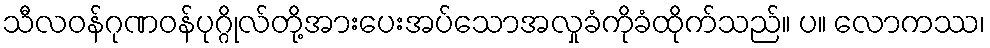
သီလဝန်ဂုဏဝန်ပုဂ္ဂိုလ်တို့အားပေးအပ်သောအလှုခံကိုခံထိုက်သည်။ ပ။ လောကဿ၊